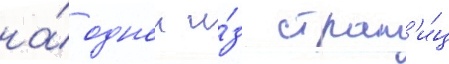
на́ однои и́з стран'и́ц